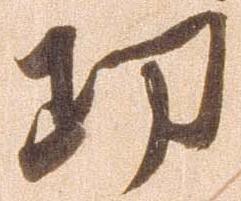
功